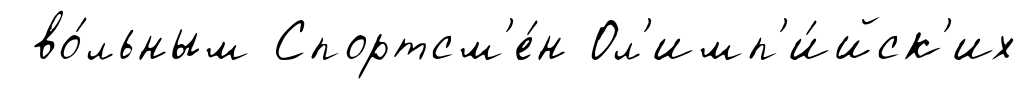
во́льным Спортсм'е́н Ол'имп'и́йск'их